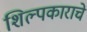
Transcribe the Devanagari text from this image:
शिल्पकाराचे